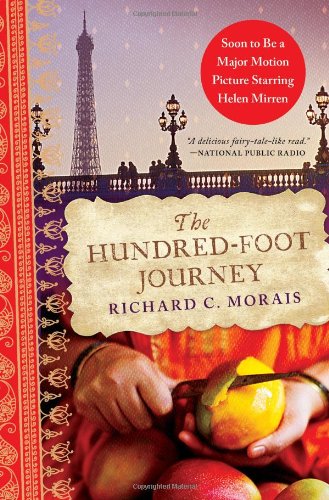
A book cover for The Hundred-Foot Journey; Richard C. Morais; Literature & Fiction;